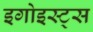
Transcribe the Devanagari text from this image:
इगोइस्ट्स